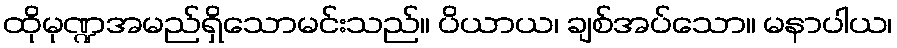
ထိုမုဏ္ဍအမည်ရှိသောမင်းသည်။ ပိယာယ၊ ချစ်အပ်သော။ မနာပါယ၊